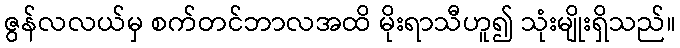
ဇွန်လလယ်မှ စက်တင်ဘာလအထိ မိုးရာသီဟူ၍ သုံးမျိုးရှိသည်။